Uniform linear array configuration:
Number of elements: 12
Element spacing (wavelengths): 0.75
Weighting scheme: hann
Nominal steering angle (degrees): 0
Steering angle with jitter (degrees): -1.356
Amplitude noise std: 0.05
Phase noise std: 0.05

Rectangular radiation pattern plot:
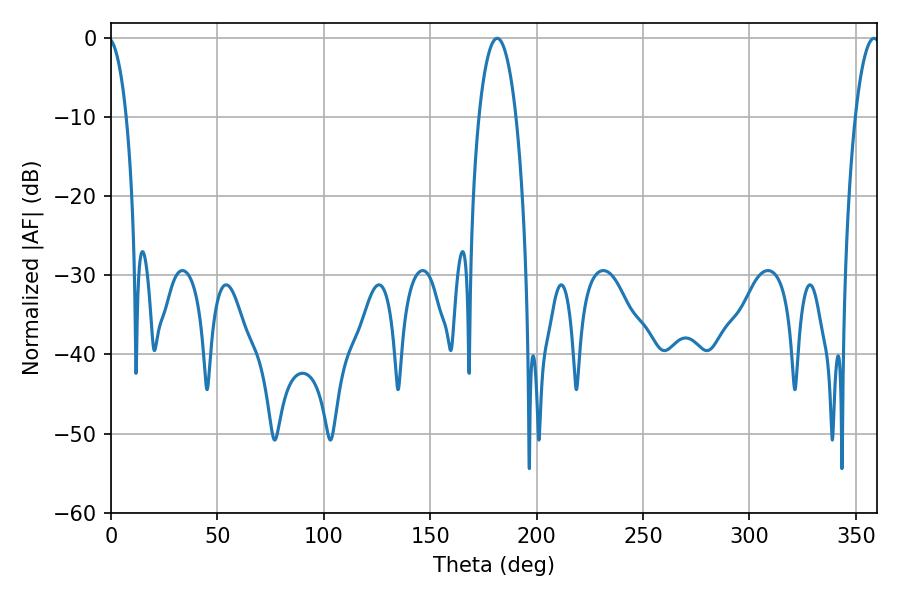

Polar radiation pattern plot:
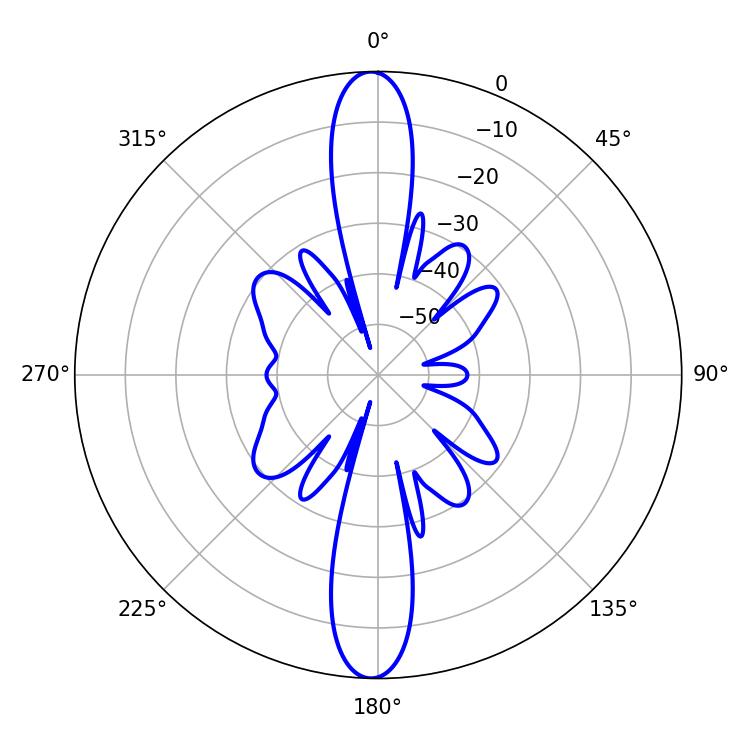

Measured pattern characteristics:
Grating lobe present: TRUE
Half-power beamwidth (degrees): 6.3
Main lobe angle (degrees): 358.56